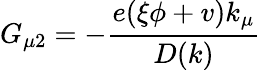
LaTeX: G_{\mu 2}=-\frac{e(\xi\phi+v)k_{\mu}}{D(k)}